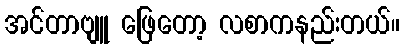
အင်တာဗျူ ဖြေတော့ လစာကနည်းတယ်။